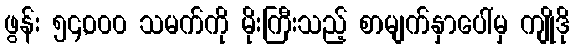
ဖွန်း ၅၄,၀၀၀ သမက်ကို မိုးကြီးသည့် စာမျက်နှာပေါ်မှ ကျိုဒို